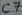
Text: C7